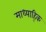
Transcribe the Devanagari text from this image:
माध्याह्कि